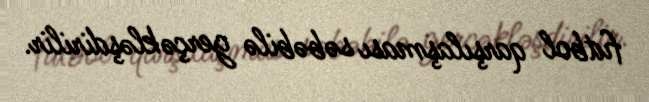
futbol qarşılaşması səbəbilə gerçəkləşdirilir.